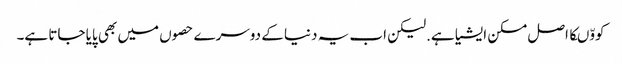
کووّںکا اصل مسکن ایشیا ہے.لیکن اب یہ دنیا کے دوسرے حصوں میں بھی پایا جاتا ہے۔